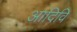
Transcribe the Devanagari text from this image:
आदिवि